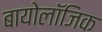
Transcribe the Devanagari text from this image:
बायोलॉजिक